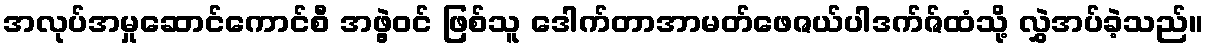
အလုပ်အမှုဆောင်ကောင်စီ အဖွဲ့ဝင် ဖြစ်သူ ဒေါက်တာအာမတ်ဖေဇယ်ပါဒက်ဇ်ထံသို့ လွှဲအပ်ခဲ့သည်။